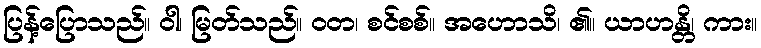
ပြန့်ပြောသည်။ ဝါ၊ မြတ်သည်။ ဝတ၊ စင်စစ်။ အဟောသိ၊ ၏။ ယာဟန္တိ၊ ကား။